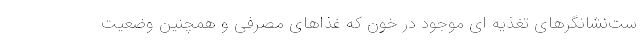
ست‌نشانگرهای تغذیه ای موجود در خون که غذاهای مصرفی و همچنین وضعیت